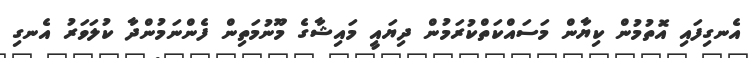
އެނގިފައި އޮތުމުން ކިޔާން މަސައްކަތްކުރަމުން ދިޔައީ މައިޝާގެ މޫނުމަތިން ފެންނަމުންދާ ކުލަވަރު އެނގި